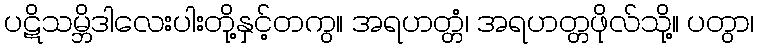
ပဋိသမ္ဘိဒါလေးပါးတို့နှင့်တကွ။ အရဟတ္တံ၊ အရဟတ္တဖိုလ်သို့။ ပတွာ၊